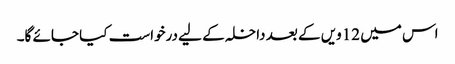
اس میں 12ویں کے بعد داخلہ کے لیے درخواست کیا جائے گا۔